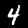
Label: 4